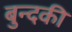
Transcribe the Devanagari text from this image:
बुन्दकी